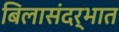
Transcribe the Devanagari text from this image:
बिलासंदर्भात